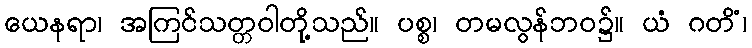
ယေနရာ၊ အကြင်သတ္တဝါတို့သည်။ ပစ္စ၊ တမလွန်ဘဝ၌။ ယံ ဂတိံ၊